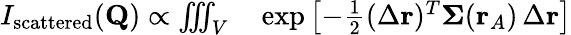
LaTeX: \begin{array}{rl}{I_{\textrm{scattered}}(\mathbf{Q})\propto\iiint_{V}}&{{}\exp\left[-\frac{1}{2}(\Delta\mathbf{r})^{T}\mathbf{\Sigma}(\mathbf{r}_{A})\, \Delta\mathbf{r}\right]}\end{array}